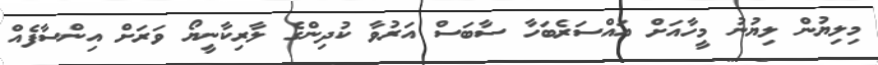
މިލިޔުން ލިޔުނު މީހާއަށް އައްސަރެބަހާ ސާބަސް އަރުވާ ކުދިންގެ ލާރިކާނީޔޯ ވަރަށް އިންސާފެއް